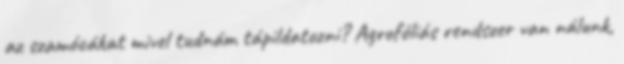
az szamócákat mivel tudnám tápildatozni? Agrofóliás rendszer van nálunk,